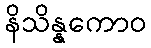
နိသိန္နကောဝ